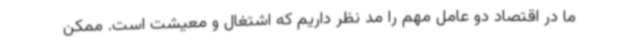
ما در اقتصاد دو عامل مهم را مد نظر داریم که اشتغال و معیشت است. ممکن